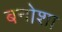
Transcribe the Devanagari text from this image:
बनोशा